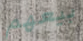
بيعهم